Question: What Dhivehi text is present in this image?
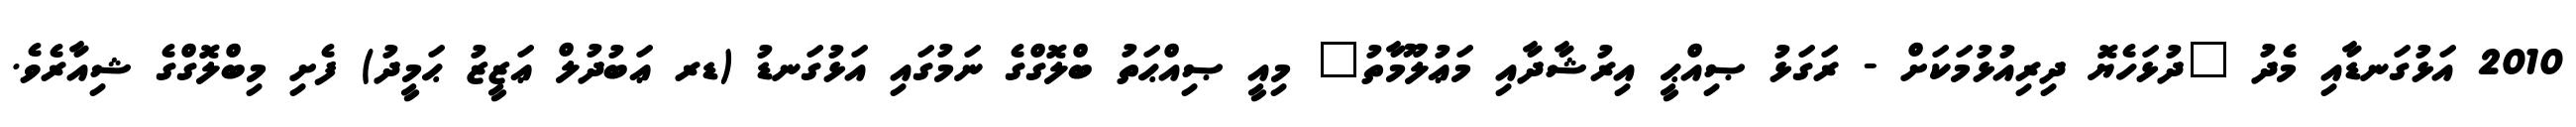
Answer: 2010 އަޅުގަނޑާއި މެދު "ދުޅަހެޔޮ ދިރިއުޅުމަކަށް - ރަގަޅު ޞިއްޙީ އިރުޝާދާއި މަޢުލޫމާތު" މިއީ ޞިއްޙަތު ބްލޮގްގެ ނަމުގައި އަޅުގަނޑު (ޑރ ޢަބުދުލް ޢަޒީޒު ޙަމީދު) ފެށި މިބްލޮގްގެ ޝިއާރެވެ.